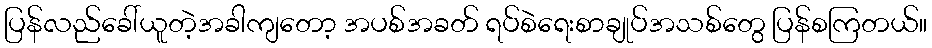
ပြန်လည်ခေါ်ယူတဲ့အခါကျတော့ အပစ်အခတ် ရပ်စဲရေးစာချုပ်အသစ်တွေ ပြန်စကြတယ်။